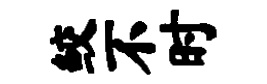
鲛不时